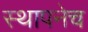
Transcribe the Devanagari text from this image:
स्थापनेच